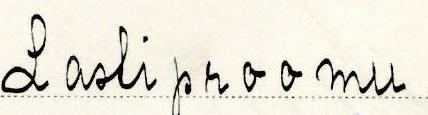
Lastiproomu